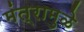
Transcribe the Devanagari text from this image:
मंत्रामुळे